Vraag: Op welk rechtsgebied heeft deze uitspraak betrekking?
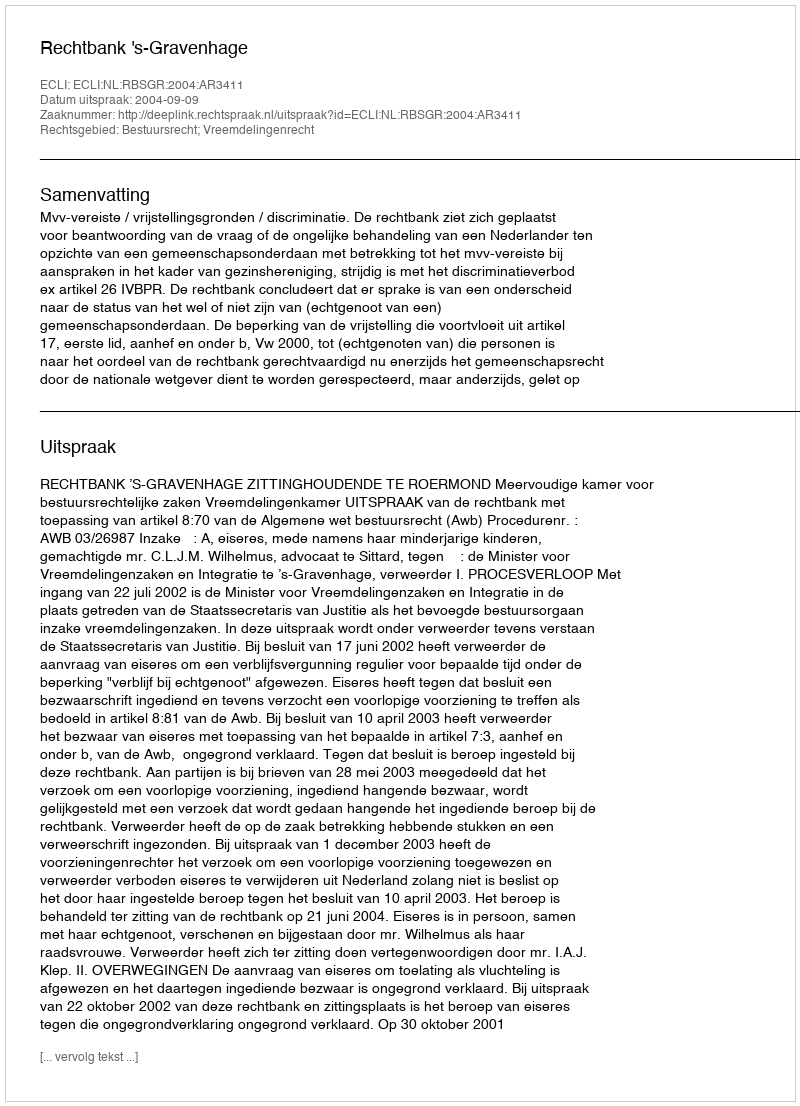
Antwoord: Bestuursrecht; Vreemdelingenrecht